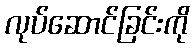
လုပ်ဆောင်ခြင်းကို